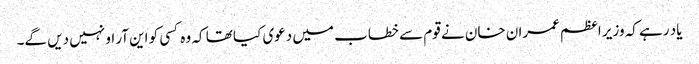
یاد رہے کہ وزیر اعظم عمران خان نے قوم سے خطاب میں دعوی کیا تھا کہ وہ کسی کو این آر او نہیں دیں گے۔